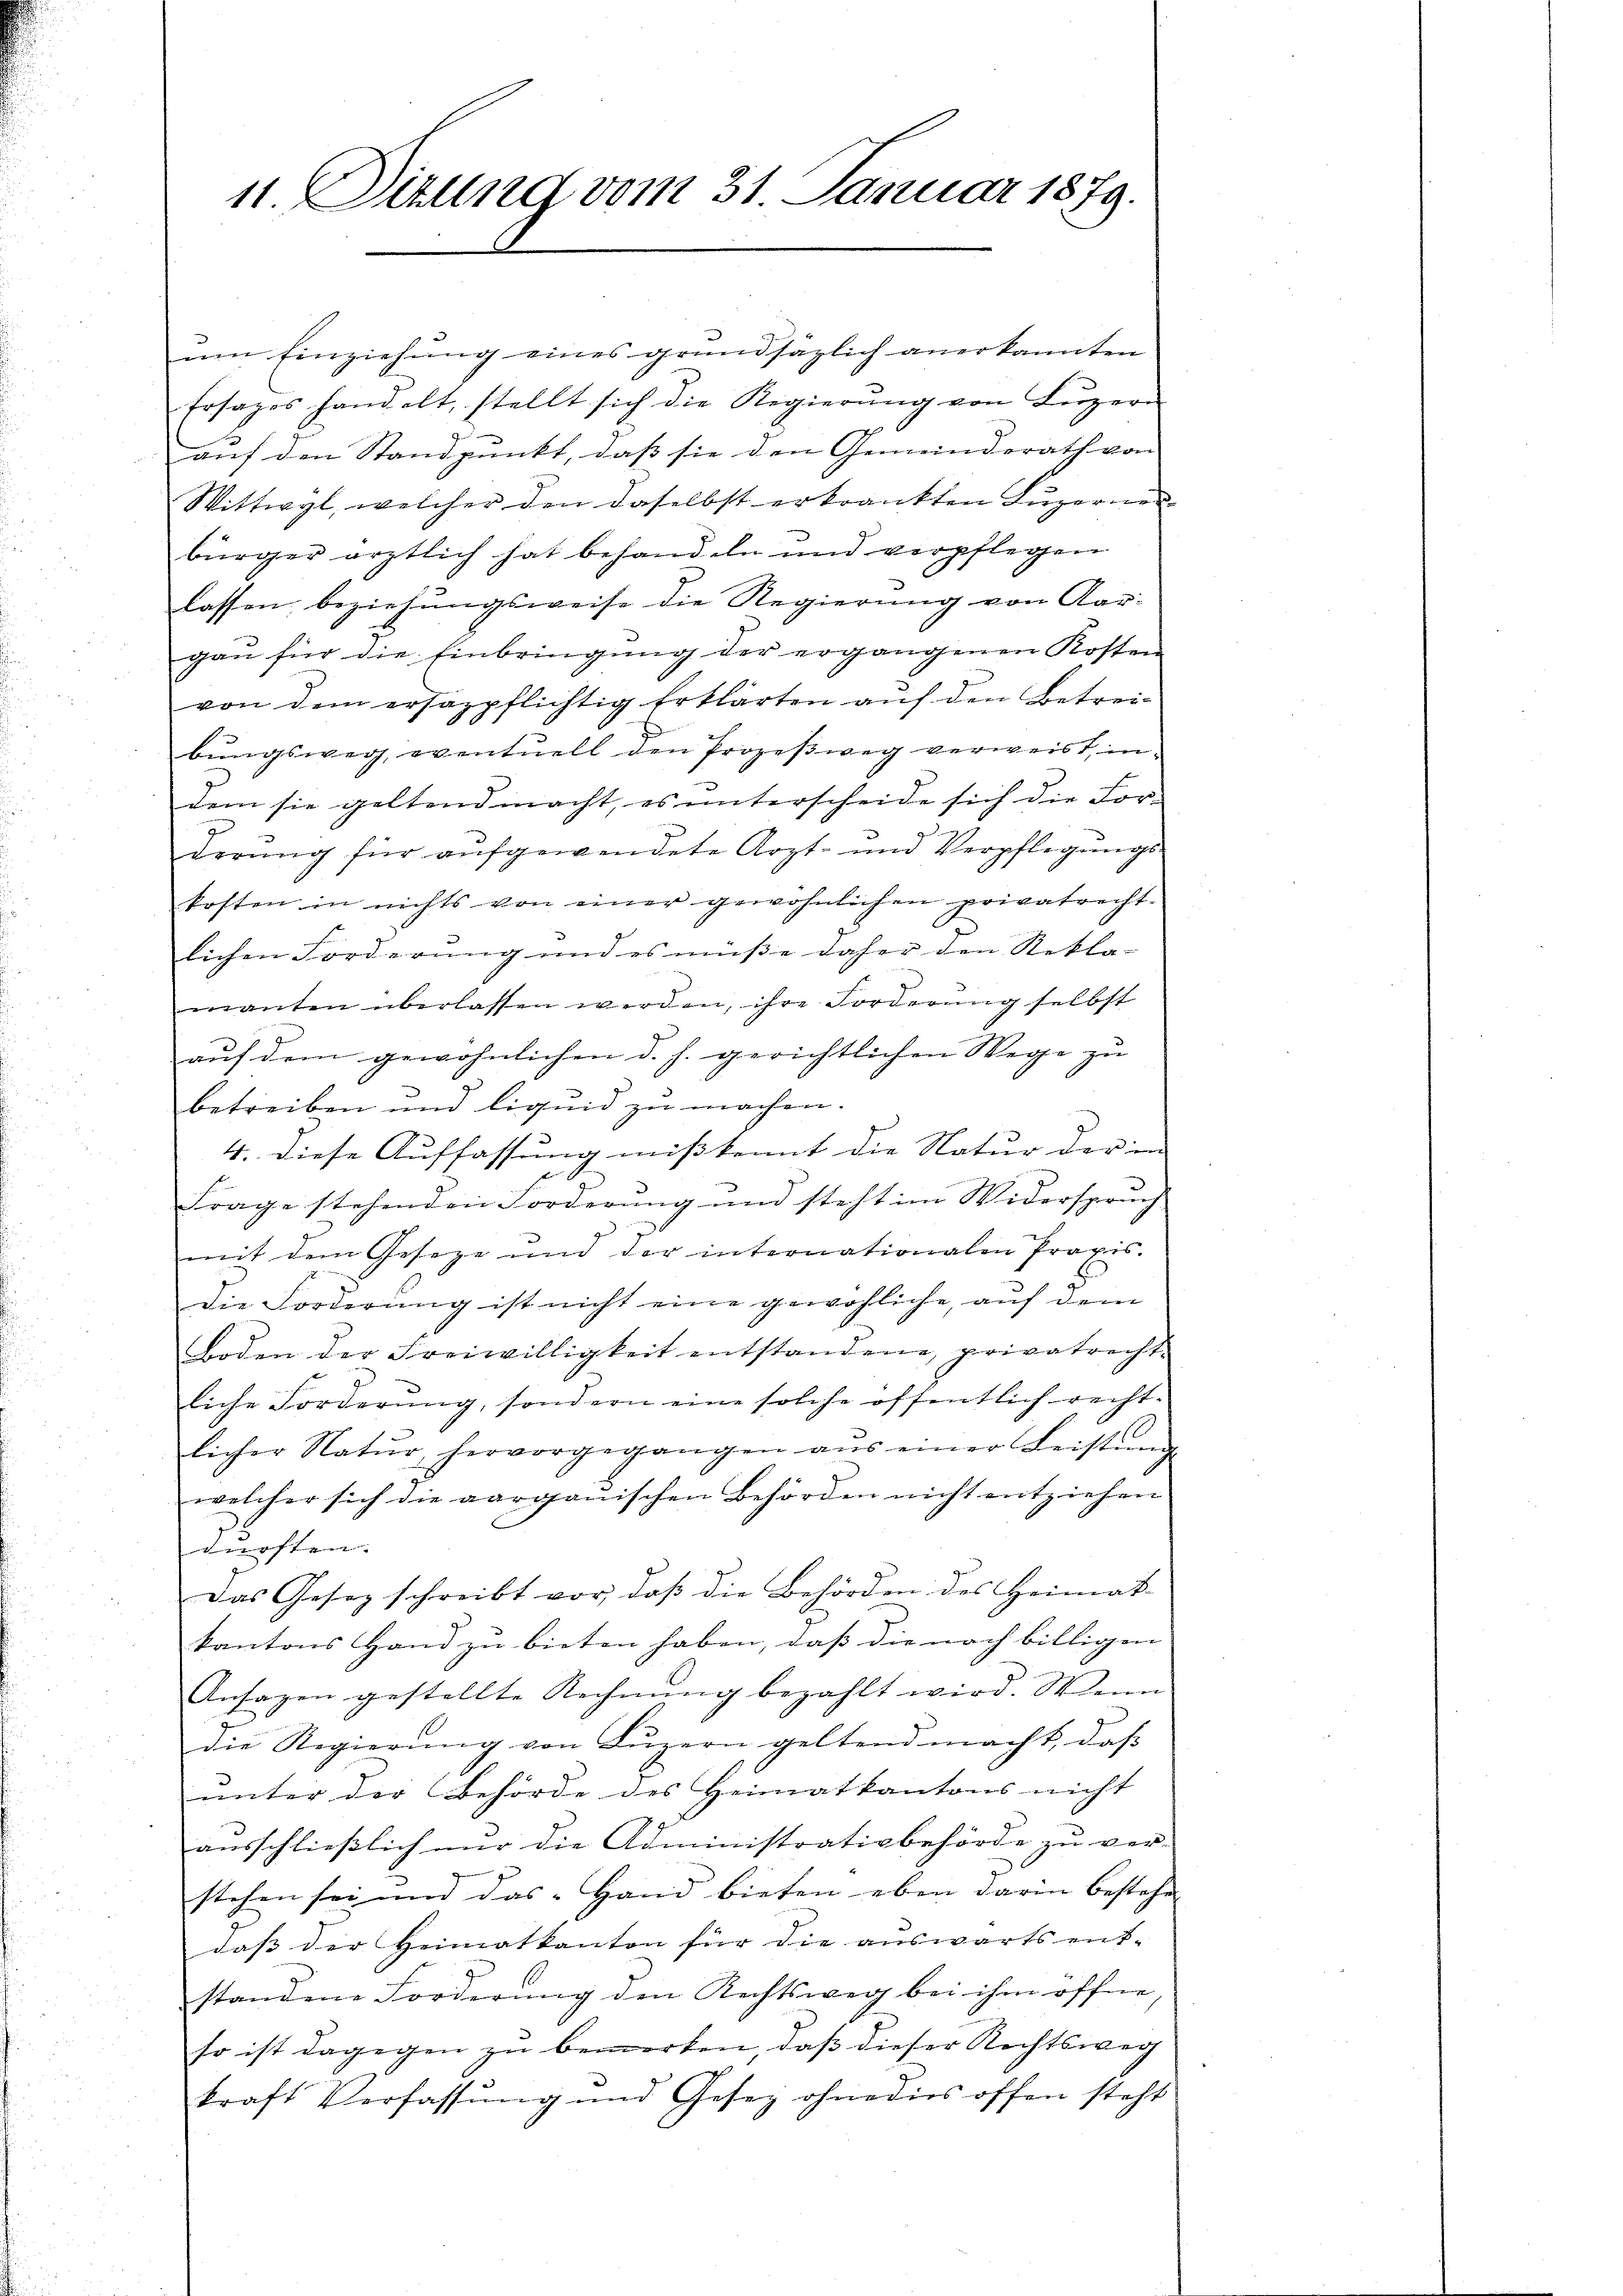
11. Situng vom 31 Januar 1879.

um Einziehung eines grundsätzlich anerkannten
Ersages handelt, stellt sich die Regierŭng von Lŭzern
auf den Standpunkt, dass sie den Gemeinderath von
Wittwyl, welcher den daselbst erkrankten Luzerner
bürger ärztlich hat behandeln und verpflegen
lassen, beziehungsweise die Regierung von Aar-
gau für die Einbringung der ergangenen Kosten
von dem ersazpflichtig Erklärten auf den Betreibungsweg, eventuell den Prozeßweg verweist, in
dem sie geltend macht, es unterscheide sich die For-
derung für aufgewendete Arzt- und Verpflegungs
kosten in nichts von einer gewöhnlichen privatrecht-
lichen Forderung und es müße daher den Rekla-
manten überlassen werden, ihre Forderung selbst
aŭf dem gewöhnlichen d. h. gerichtlichen Wege zu
betreiben und liquid zu machen.
4. diese Auffassung mißkennt die Natur der in
Frage stehenden Forderung und steht im Widerspruch
mit dem Geseze und der internationalen Praxis.
Die Forderung ist nicht eine gewöhliche, auf dem
Boden der Freiwilligkeit entstandene, privatrecht-
liche Forderŭng, sondern eine solche öffentlich recht-
licher Natŭr, hervorgegangen ans einer Leistian
welcher sich die aargauischen Behörden nicht entziehen
veften
Das Gesetz schreibt vor, daß die Behörden des Heimat-
kantons Hand zu bieten haben, daß die noch billigen
Ansagen gestellte Rechnŭng bezahlt wird. Wenn
die Regierung von Luzern geltend macht, daß
unter der Behörde des Heimatkantons nicht
ausschließlich nur die Administrativbehörde zu ver-
stehen sei und das Hand bieten eben darin bestehe
dass der Heimatkanton für die auswärts ent-
standene Forderung den Rechtsweg bei ihm öffne
so ist dagegen zu bemerken, daß dieser Rechtsweg
kraft Verfassŭng und Gesez ohnedies offen steht